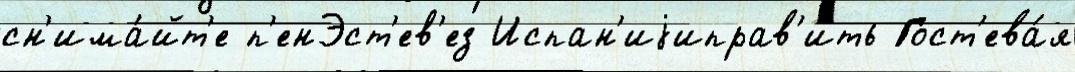
сн'има́йт'е п'енЭст'ев'ез Испан'иjиправ'ить Гост'ева́я